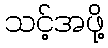
သင့်အဖို့